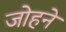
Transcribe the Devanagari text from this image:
जोहने